Report on vaccination in Madras 1877-1894 - 1877-1894
Year: 1877
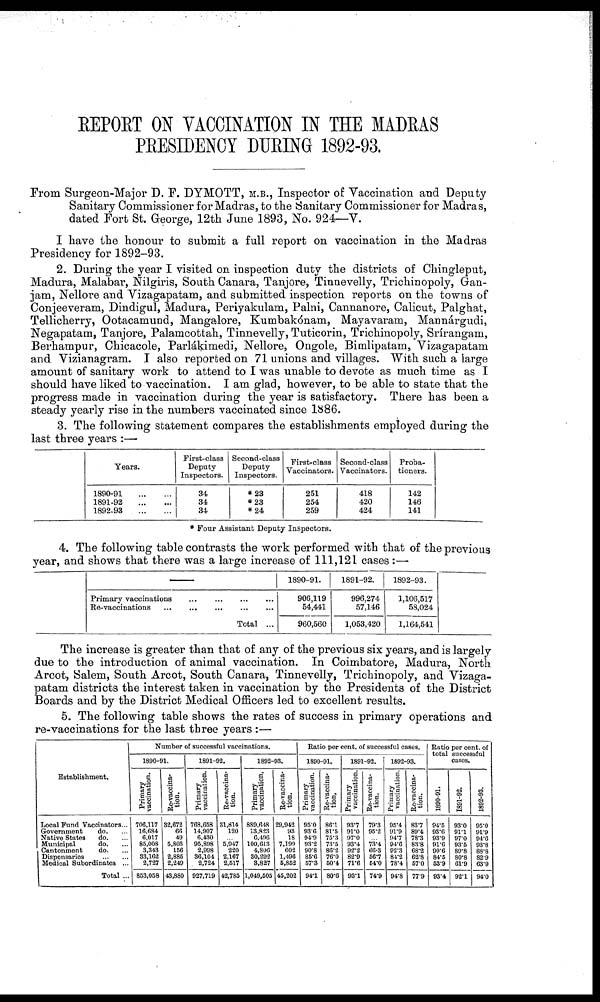
REPORT ON VACCINATION IN THE MADRAS
PRESIDENCY DURING 1892-93.
From Surgeon-Major D. F. DYMOTT, M.B., Inspector of Vaccination and Deputy
Sanitary Commissioner for Madras, to the Sanitary Commissioner for Madras,
dated Fort St. George, 12th June 1893, No. 924—V.
I have the honour to submit a full report on vaccination in the Madras
Presidency for 1892-93.
2. During the year I visited on inspection duty the districts of Chingleput,
Madura, Malabar, Nilgiris, South Canara, Tanjore, Tinnevelly, Trichinopoly, Gan-
jam, Nellore and Vizagapatam, and submitted inspection reports on the towns of
Conjeeveram, Dindigul, Madura, Periyakulam, Palni, Cannanore, Calicut, Palghat,
Tellicherry, Ootacamund, Mangalore, Kumbakónam, Mayavaram, Mannárgudi,
Negapatam, Tanjore, Palamcottah, Tinnevelly, Tuticorin, Trichinopoly, Srírangam,
Berhampur, Chicacole, Parlákimedi, Nellore, Ongole, Bimlipatam, Vizagapatam
and Vizianagram. I also reported on 71 unions and villages. With such a large
amount of sanitary work to attend to I was unable to devote as much time as I
should have liked to vaccination. I am glad, however, to be able to state that the
progress made in vaccination during the year is satisfactory. There has been a
steady yearly rise in the numbers vaccinated since 1886.
3. The following statement compares the establishments employed during the
last three years :—
Years.
1890-91
...
...
1891-92
...
...
1892-93
...
...
First-class
Deputy
Inspectors.
34
34
34
Second-class
Deputy
Inspectors.
*23
*23
*24
First-class
Vaccinators.
251
254
259
Second-class
Vaccinators.
418
420
424
Proba-
tioners.
142
146
141
* Four Assistant Deputy Inspectors.
4. The following table contrasts the work performed with that of the previous
year, and shows that there was a large increase of 111,121 cases :—
——
Primary vaccinations
...
...
...
...
Re-vaccinations
...
...
...
...
...
Total ...
1890-91.
906,119
54,441
960,560
1891-92.
996,274
57,146
1,053,420
1892-93.
1,106,517
58,024
1,164,541
The increase is greater than that of any of the previous six years, and is largely
due to the introduction of animal vaccination. In Coimbatore, Madura, North
Arcot, Salem, South Arcot, South Canara, Tinnevelly, Trichinopoly, and Vizaga-
patam districts the interest taken in vaccination by the Presidents of the District
Boards and by the District Medical Officers led to excellent results.
5. The following table shows the rates of success in primary operations and
re-vaccinations for the last three years :—
Establishment.
Local Fund Vaccinators...
Government
do. ...
Native States
do. ...
Municipal
do. ...
Cantonment
do. ...
Dispensaries
...
...
Medical Subordinates ...
Total ...
Number of successful vaccinations.
1890-91.
Primary
vaccination.
706,117
16,684
6,017
85,008
3,343
33,162
2,727
853,058
Re-vaccina-
tion.
32,672
66
49
5,803
156
2,885
2,249
43,880
1891-92.
Primary
vaccination.
768,658
14,907
6,430
95,898
2,998
36,104
2,724
927,719
Re-vaccina-
tion.
31,814
120
... 5,947
220
2,167
2,517
42,785
1892-93.
Primary
vaccination,
889,648
13,823
6,496
100,613
4,806
30,292
3,827
1,049,605
Re-vaccina-
tion.
29,942
93
18
7,199
602
1,496
5,852
45,202
Ratio per cent. of successful cases.
1890-91.
Primary
vaccination.
95.0
93.6
94.9
93.2
90.8
85.6
57.3
94.1
Re-vaccina-
tion.
86.1
81.5
75.3
73.5
86.2
76.0
50.4
80.6
1891-92.
Primary
vaccination.
93.7
91.0
97.0
93.4
92.2
82.9
71.6
93.1
Re-vaccina-
tion.
79.3
95.2
... 73.4
66.3
56.7
54.0
74.9
1892-93.
Primary
vaccination.
95.4
91.9
94.7
94.6
92.3
84.2
78.4
94.8
Re-vaccina-
tion.
83.7
89.4
78.3
83.8
68.2
62.8
57.0
77.9
Ratio per cent. of
total successful
cases.
1890-91.
94.5
93.6
93.9
91.6
90.6
84.5
53.9
93.4
1891-92.
93.0
91.1
97.0
93.5
89.8
80.8
61.9
92.1
1892-93.
95.0
91.9
94.6
93.8
88.8
82.9
63.9
94.0